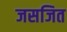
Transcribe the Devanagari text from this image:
जसजित